Annual report of the Imperial Bacteriological Laboratory, Muktesar
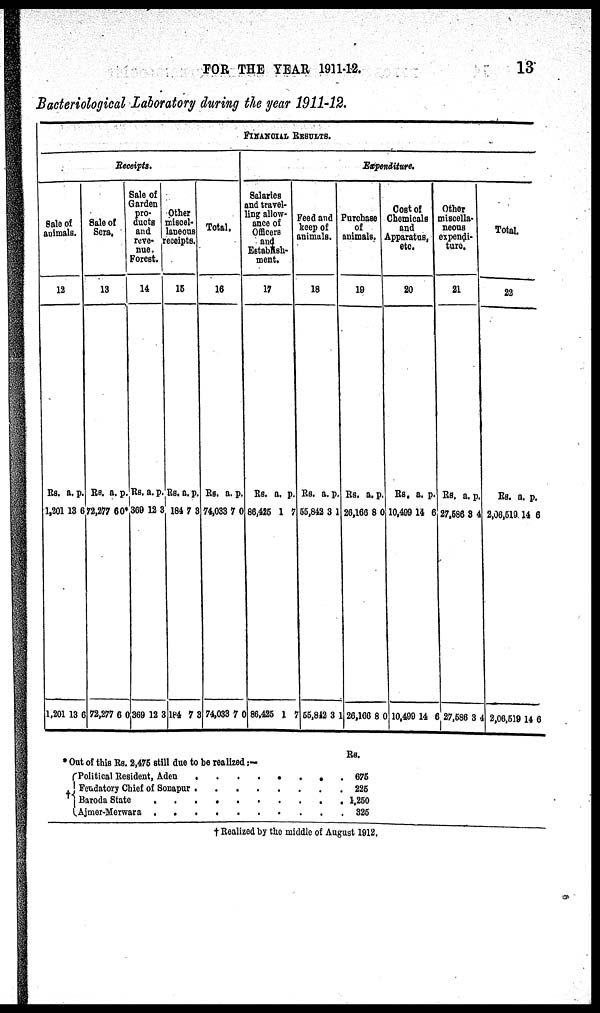
FOR THE YEAR 1911-12.
13
Bacteriological Laboratory during the year 1911-12.
Sale of
animals.
12
Rs.
1,201
1,201
a.
13
13
p.
6
6
Receipts.
Sale of
Sera.
13
Rs.
72,277
72,277
a.
6
6
p.
0*
0
Sale of
Garden
pro¬
ducts
and
reve¬
nue.
Forest.
14
Rs.
369
369
a.
12
12
FINANCIAL RESULTS.
p.
3
3
Other
miscel¬
laneous
receipts
15
Rs.
184
184
a.
7
7
p.
3
3
Total.
16
Rs.
74,033
74,033
a.
7
7
p.
0
0
Salaries
and travel¬
ling allow¬
ance of
Officers
and
Establish¬
ment.
17
Rs.
86,425
86,425
a.
1
1
p.
7
7
Feed and
keep of
animals.
18
RS.
55,842
7 55,842
a.
3
3
Expenditure.
p.
1
1
Purchase
of
animals.
19
Rs. a
26,166
26,166
a.
8
8
p.
0
0
Cost of
Chemicals
and
Apparatus,
etc.
20
Rs,
10,499
10,499
a.
14
14
p.
6
6
Other
miscella¬
neous
expendi¬
ture.
21
Rs.
27,586
27,586
a.
3
3
p.
4
4
Total.
22
Rs.
2,06,519
2,06,519
a.
14
14
p.
6
6
* Out of this Rs. 2,475 still due to be realized :—
Political Resident, Aden
.
Fendatory Chief of Sonapur
†{Baroda State
Ajmer-Merwara
.
.
.
.
.
.
.
.
.
.
.
.
.
.
.
.
Rs.
675
225
1,250
325
† Realized by the middle of August 1912.